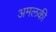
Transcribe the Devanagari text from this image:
अमलकी